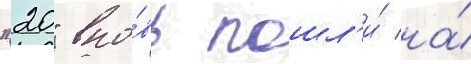
"20" вно́вь пошл'и́ на́